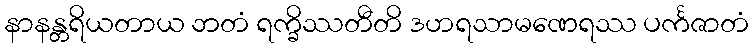
နာနန္တရိယတာယ ဘတံ ရက္ခိဿတီတိ ဒဟရသာမဏေရဿ ပင်္ကဇာတံ